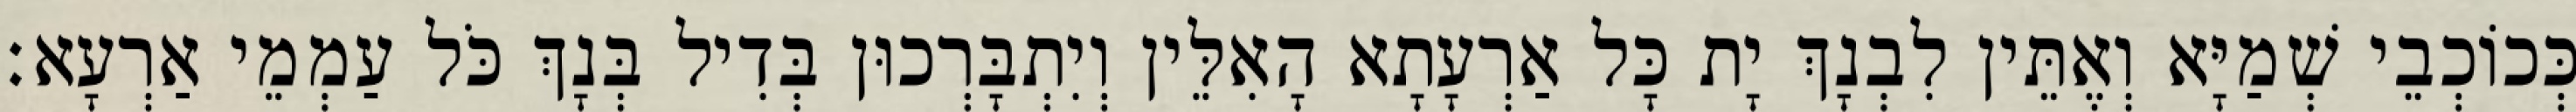
כְּכוֹכְבֵי שְׁמַיָּא וְאֶתֵּין לִבְנָךְ יָת כָּל אַרְעָתָא הָאִלֵּין וְיִתְבָּרְכוּן בְּדִיל בְּנָךְ כֹּל עַמְמֵי אַרְעָא׃